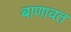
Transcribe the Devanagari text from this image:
बाणावत